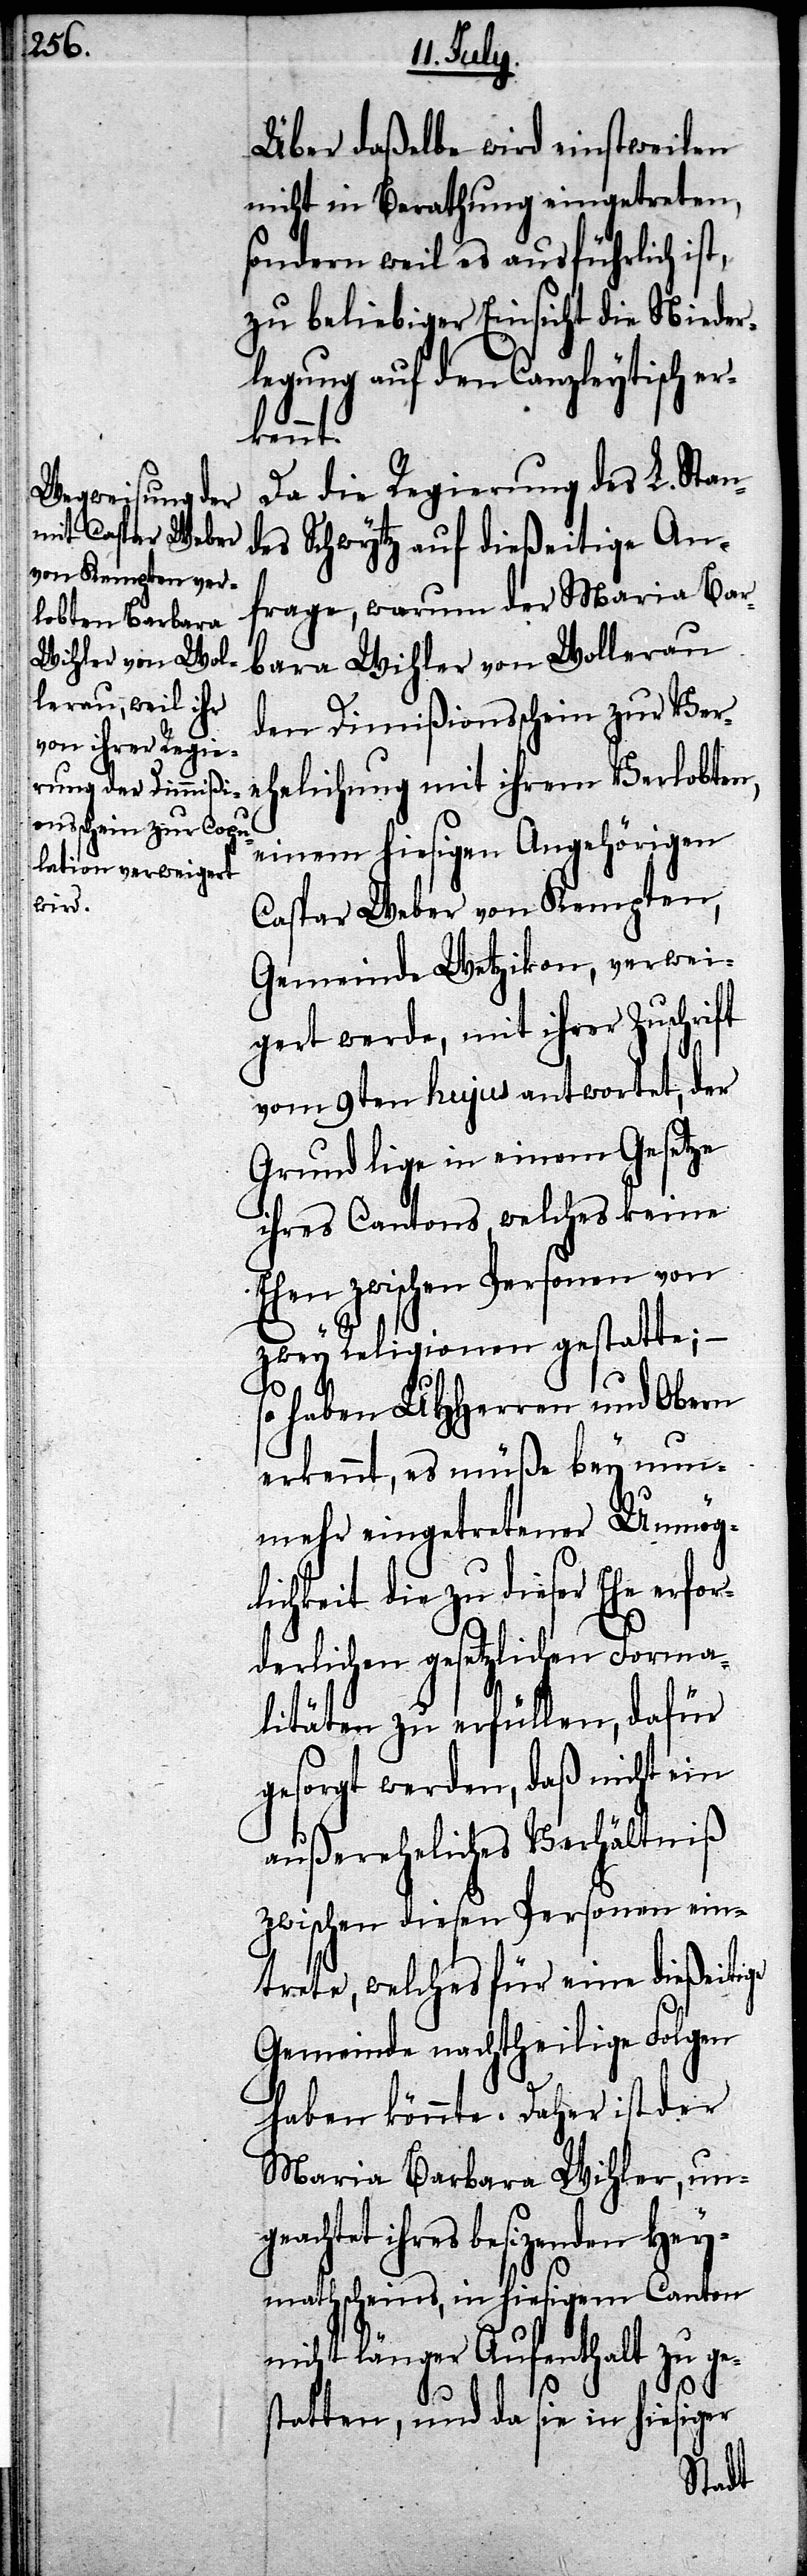
Über daßelbe wird einstweilen
nicht in Berathung eingetreten,
sondern weil es ausführlich ist,
zu beliebiger Einsicht die Nieder¬
legung auf den Canzleytisch er¬
geacht¬
Da die Regierung des L. Stan¬
des Schwytz auf dießeitige An¬
frage, warum der Maria Bar¬
bara Wihler von Wollerau
den Dimißionsschein zur Ver¬
ehelichung mit ihrem Verlobten,
einem hiesigen Angehörigen
Caspar Weber von Kempten,
Gemeinde Wetzikon, verwei¬
gert werde, mit ihrer Zuschrift
vom 9ten hujus antwortet, der
Grund lige in einem Gesetze
ihres Cantons, welches keine
Ehen zwischen Personen von
zwey Religionen gestatte;
so haben UHHerren und Obern
erkennt, es müße bey nun¬
mehr eingetretener Unmög¬
lichkeit die zu dieser Ehe erfo¬
rderlichen gesetzlichen Forma¬
litäten zu erfüllen, dafür
gesorgt werden, daß nicht ein
außereheliches Verhältniß
zwischen diesen Personen ein¬
trete, welches für eine dießeitige
Gemeinde nachtheilige Folgen
haben könnte. Daher ist der
Maria Barbara Wihler, un¬
et ihres besizenden Hey¬
mathscheins, in hiesigem Canton
nicht länger Aufenthalt zu ge¬
statten, und da sie in hiesiger